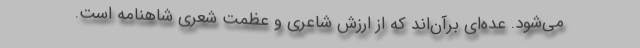
می‌شود. عده‌ای برآن‌اند که از ارزش شاعری و عظمت شعری شاهنامه است.